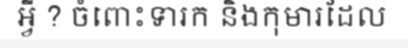
អ្វី ? ចំពោះទារក និងកុមារដែល